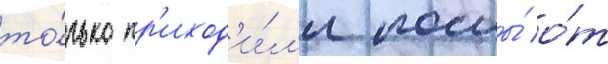
то́лько пр'иход'и́л'и послы́ о́т